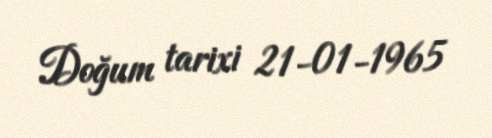
Doğum tarixi 21-01-1965